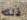
ذلك